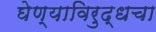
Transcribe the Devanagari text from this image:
घेण्याविरुद्धचा